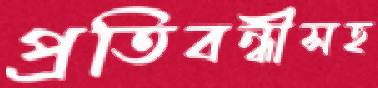
প্রতিবন্ধীসহ